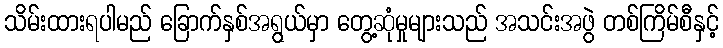
သိမ်းထားရပါမည် ခြောက်နှစ်အရွယ်မှာ တွေ့ဆုံမှုများသည် အသင်းအဖွဲ တစ်ကြိမ်စီနှင့်